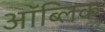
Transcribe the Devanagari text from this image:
ऑब्लिक